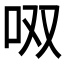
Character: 𱒎